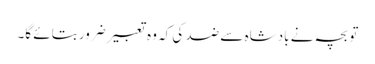
تو بچہ نے بادشاہ سے ضد کی کہ وہ تعبیر ضرور بتائے گا۔